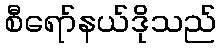
စီရော်နယ်ဒိုသည်